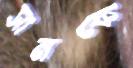
সানকে